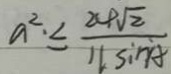
a ^ { 2 } . \leq \frac { 2 4 \sqrt { 2 } } { 1 1 \sin A }